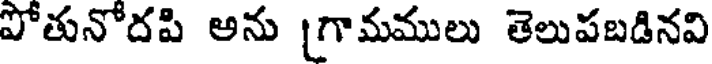
పోతునోదపి అను [గామములు తెలుపబడినవి